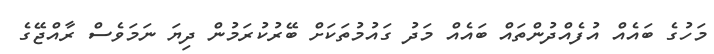
މަހުގެ ބައެއް އުފެއްދުންތައް ބައެއް މަދު ގައުމުތަކަށް ބޭރުކުރަމުން ދިޔަ ނަމަވެސް ރާއްޖޭގެ